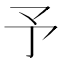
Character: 予